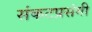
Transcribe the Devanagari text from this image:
संकटप्रसंगी